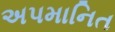
અપમાનિત